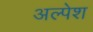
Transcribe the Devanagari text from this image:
अल्पेश